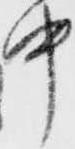
中